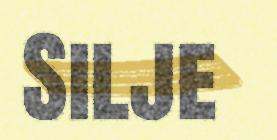
Silje